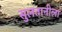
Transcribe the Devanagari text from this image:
सुलतानीला